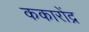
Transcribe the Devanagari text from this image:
ककारोंद्र